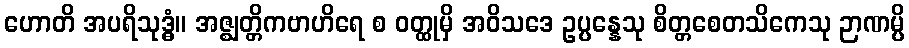
ဟောတိ အပရိသုဒ္ဓံ။ အဇ္ဈတ္တိကဗာဟိရေ စ ဝတ္ထုမှိ အဝိသဒေ ဥပ္ပန္နေသု စိတ္တစေတသိကေသု ဉာဏမ္ပိ